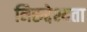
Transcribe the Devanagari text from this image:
निरुद्देश्यता